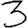
Digit: 3